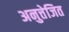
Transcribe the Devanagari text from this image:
अनुत्तेजित